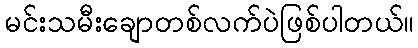
မင်းသမီးချောတစ်လက်ပဲဖြစ်ပါတယ်။